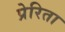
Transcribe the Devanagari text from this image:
प्रेरिता